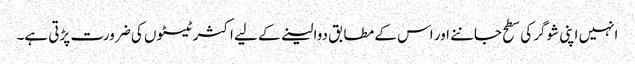
انہیں اپنی شوگر کی سطح جاننے اور اس کے مطابق دوا لینے کے لیے اکثر ٹیسٹوں کی ضرورت پڑتی ہے۔